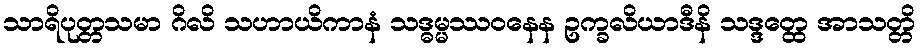
သာရိပုတ္တသမာ ဂိလိ သဟာယိကာနံ သဒ္ဓမ္မဿဝနေန ဥက္ခလိယာဒီနိ သဒ္ဒတ္ထေ အာသတ္တိ